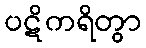
ပဋိကရိတွာ